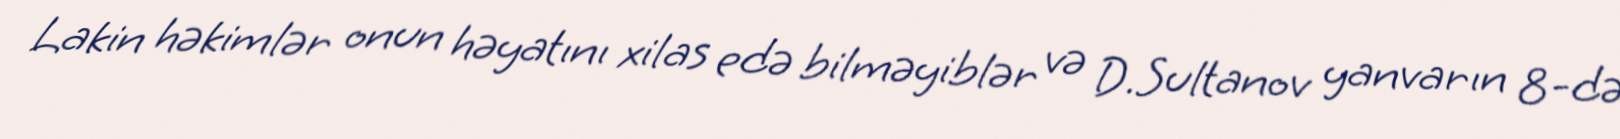
Lakin həkimlər onun həyatını xilas edə bilməyiblər və D.Sultanov yanvarın 8-də